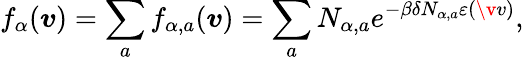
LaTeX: f_{\alpha}(\boldsymbol{v})=\sum_{a}f_{\alpha,a}(\boldsymbol{v})=\sum_{a}N_{\alpha,a}e^{-\beta\delta N_{\alpha,a}\varepsilon(\v{v})},